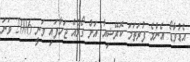
އެޑުވާޑޯ އެންމެ ފުރަތަމަ ކޮރޭޝިއާ އަށް ގޯލެއް ޖަހާފައި ވަނީ 2006 ވަނަ